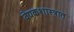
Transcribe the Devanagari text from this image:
वेद्यकशास्त्रात